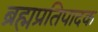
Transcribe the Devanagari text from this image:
ब्रह्मप्रतिपादक